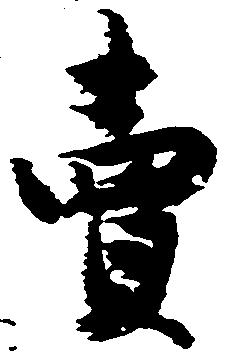
売